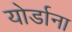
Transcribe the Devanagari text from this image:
योर्डाना